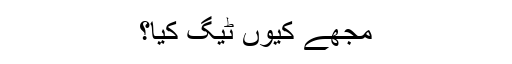
مجھے کیوں ٹیگ کیا؟